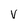
Character: v